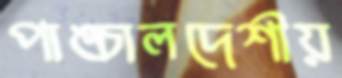
পাঙ্চালদেশীয়